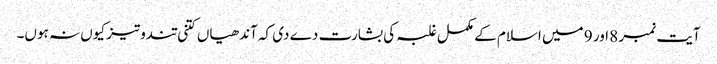
آیت نمبر 8 اور 9 میں اسلام کے مکمل غلبہ کی بشارت دے دی کہ آندھیاں کتنی تندوتیز کیوں نہ ہوں۔